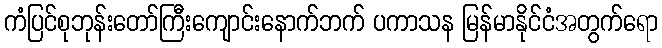
ကံပြင်စုဘုန်းတော်ကြီးကျောင်းနောက်ဘက် ပကာသန မြန်မာနိုင်ငံအတွက်ရော